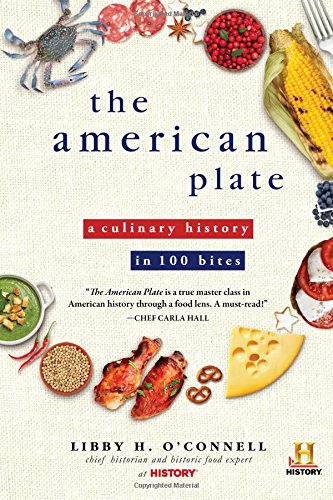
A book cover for The American Plate: A Culinary History in 100 Bites; Libby O'Connell; Cookbooks, Food & Wine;